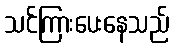
သင်ကြားပေးနေသည်